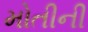
મોતીની